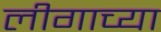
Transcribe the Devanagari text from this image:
लीगाच्या